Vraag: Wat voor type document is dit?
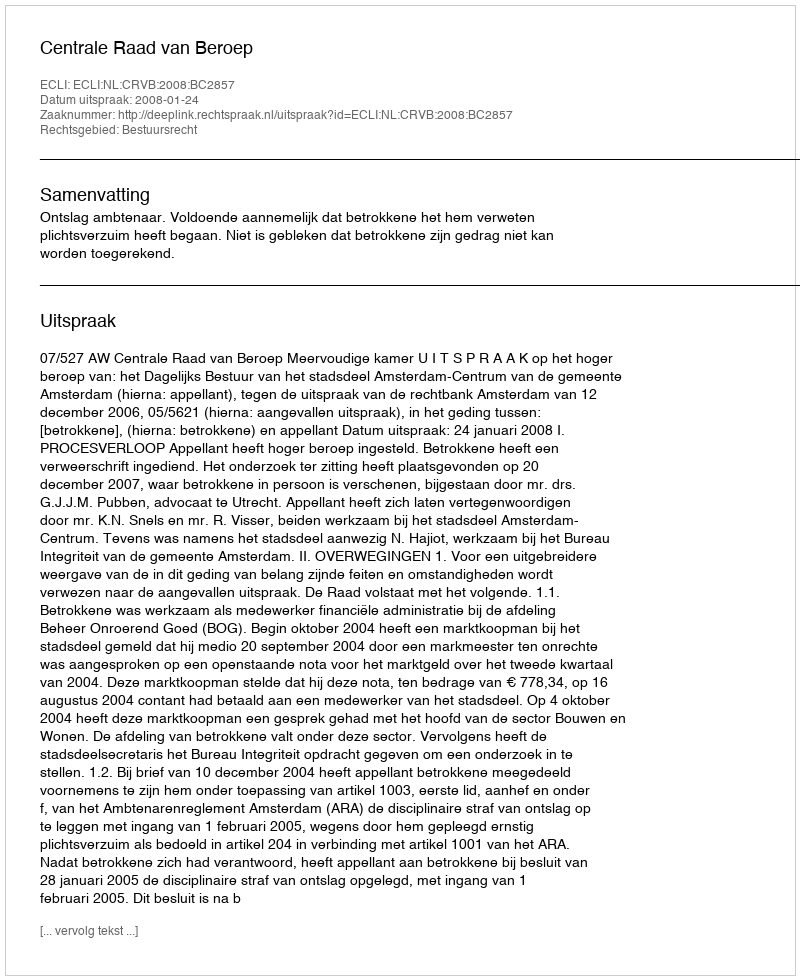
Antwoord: Uitspraak